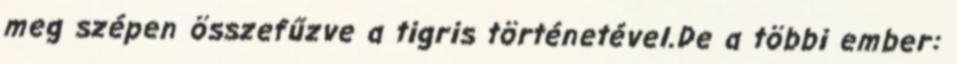
meg szépen összefűzve a tigris történetével.De a többi ember: